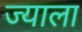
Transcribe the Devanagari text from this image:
ज्‍याला